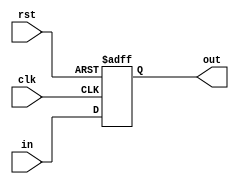
module delay_x18_unit(clk, rst, in, out);
input	clk, rst;
input	signed [17:0] in;
output reg signed [17:0] out;
initial begin
out <= 0;
end
always @ (posedge clk or negedge rst) begin
if(!rst)
  out <= 0;
else
  out <= in;
end
endmodule